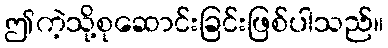
ဤကဲ့သို့စုဆောင်းခြင်းဖြစ်ပါသည်။